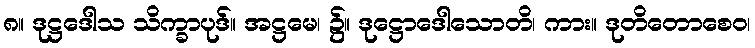
၈။ ဒုဋ္ဌဒေါသ သိက္ခာပုဒ်။ အဋ္ဌမေ၊ ၌။ ဒုဋ္ဌောဒေါသောတိ၊ ကား။ ဒုတိတောစေဝ၊